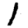
Digit: 1